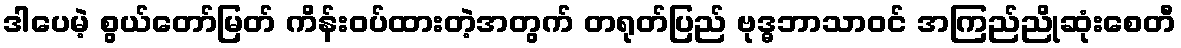
ဒါပေမဲ့ စွယ်တော်မြတ် ကိန်းဝပ်ထားတဲ့အတွက် တရုတ်ပြည် ဗုဒ္ဓဘာသာဝင် အကြည်ညိုဆုံးစေတီ